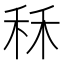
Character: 秝